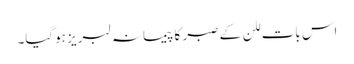
اس بات للن کے صبر کا پیمانہ لبریز ہوگیا۔